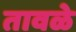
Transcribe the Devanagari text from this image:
तावळे